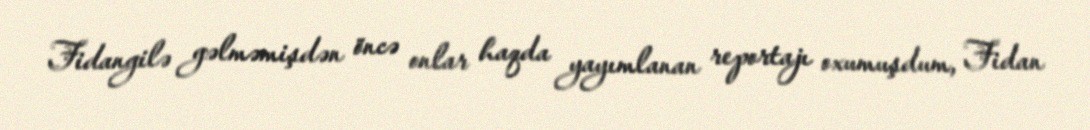
Fidangilə gəlməmişdən öncə onlar haqda yayımlanan reportajı oxumuşdum, Fidan